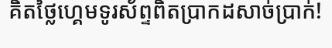
គិតថ្លៃហ្គេមទូរស័ព្ទពិតប្រាកដសាច់ប្រាក់!